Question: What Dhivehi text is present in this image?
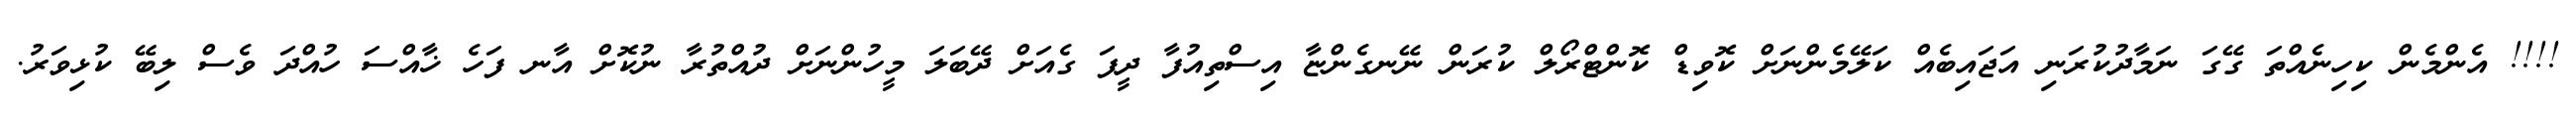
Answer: !!!! އެންމެން ކިހިނެއްތަ ގޭގަ ނަމާދުކުރަނި އަޖައިބެއް ކަލޭމެންނަށް ކޮވިޑް ކޮންޓްރޯލް ކުރަން ނޭނގެންޏާ އިސްތިއުފާ ދީފަ ގެއަށް ދޭބަލަ މީހުންނަށް ދުއްތުރާ ނުކޮށް އާނ ފަހެ ޚާއްސަ ހުއްދަ ވެސް ލިބޭ ކުޅިވަރު.